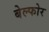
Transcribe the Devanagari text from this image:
बेल्फोर